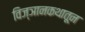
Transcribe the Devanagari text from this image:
विज्ञानकथातून